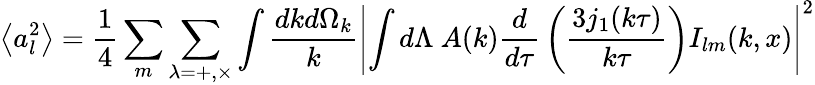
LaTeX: \left\langle a_{l}^{2}\right\rangle={\frac{1}{4}}\sum_{m}\sum_{\lambda=+,\times}\int{\frac{dkd\Omega_{k}}{k}}\left|\int d\Lambda\ A(k){\frac{d}{d\tau}}\left({\frac{3j_{1}(k\tau)}{k\tau}}\right)I_{lm}(k,x)\right|^{2}